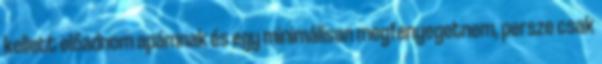
kellett előadnom apámnak és egy minimálisan megfenyegetnem, persze csak